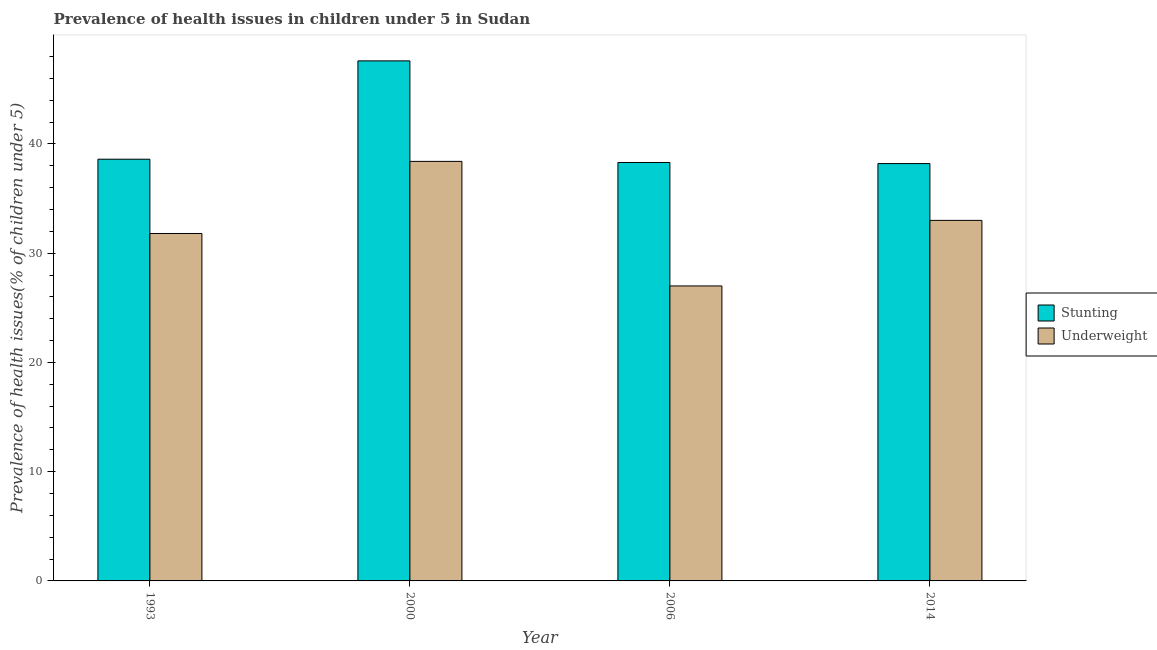
| Year | Stunting | Underweight |
 | --- | --- | --- |
 | 1993 | 38.6 | 31.8 |
 | 2000 | 47.6 | 38.4 |
 | 2006 | 38.3 | 27 |
 | 2014 | 38.2 | 33 |